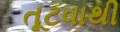
તૂટવાથી